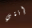
إنتي